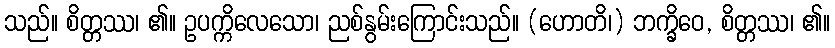
သည်။ စိတ္တဿ၊ ၏။ ဥပက္ကိလေသော၊ ညစ်နွမ်းကြောင်းသည်။ (ဟောတိ၊) ဘက္ခိဝေ, စိတ္တဿ၊ ၏။